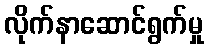
လိုက်နာဆောင်ရွက်မှု